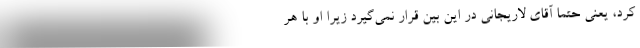
کرد، یعنی حتما آقای لاریجانی در این بین قرار نمی‌گیرد زیرا او با هر